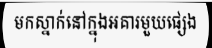
មកស្នាក់នៅក្នុងអគារមួយផ្សេង